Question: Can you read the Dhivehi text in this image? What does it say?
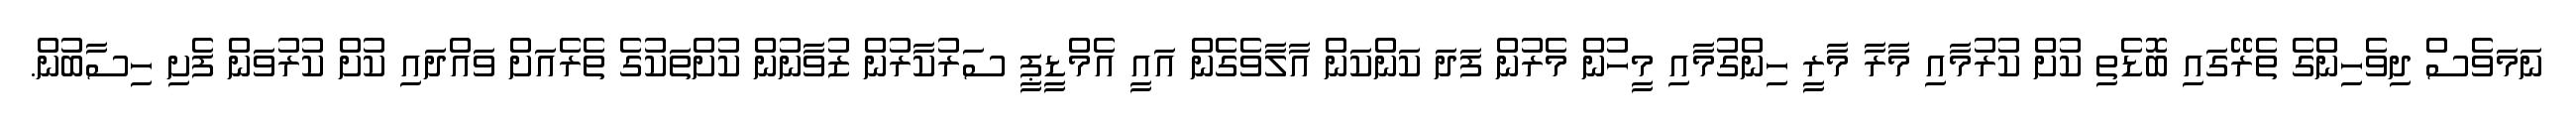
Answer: ނަމަވެސް ދިވެހިންގެ ތެރޭގައި ބޮޑެތި ކުށް ކުރުމާއި މާރާ މާރީ ހިންގުމާއި މީހުން މެރުން ފަދަ ކަންކަން އާލާވެގެން އައީ އެމްޑީޕީ ސަރުކާރުން ޒުވާނުން ކުށްތަކުގެ ތެރެއަށް ވައްދައި ކުށް ކުރުވަން ފެށި ހިސާބުން.